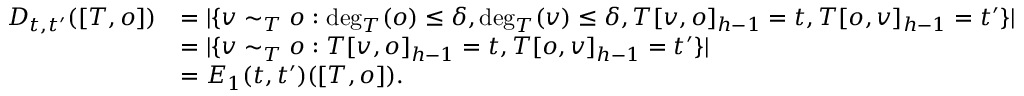
\begin{array} { r l } { D _ { t , t ^ { \prime } } ( [ T , o ] ) } & { = | \{ v \sim _ { T } o : \deg _ { T } ( o ) \leq \delta , \deg _ { T } ( v ) \leq \delta , T [ v , o ] _ { h - 1 } = t , T [ o , v ] _ { h - 1 } = t ^ { \prime } \} | } \\ & { = | \{ v \sim _ { T } o : T [ v , o ] _ { h - 1 } = t , T [ o , v ] _ { h - 1 } = t ^ { \prime } \} | } \\ & { = E _ { 1 } ( t , t ^ { \prime } ) ( [ T , o ] ) . } \end{array}